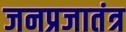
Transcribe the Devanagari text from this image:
जनप्रजातंत्र